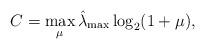
LaTeX: \begin{align*}C=\max_{\mu}\hat{\lambda}_{\max}\log_2(1+\mu),\end{align*}